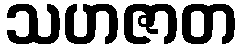
သဟဇာတ